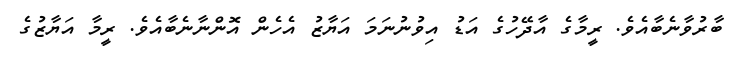
ބާރުވާނެބާއެވެ. ރީމާގެ އާދޭހުގެ އަޑު އިވުނުނަމަ އަޔާޒު އެހެން އޮންނާނެބާއެވެ. ރީމާ އަޔާޒުގެ